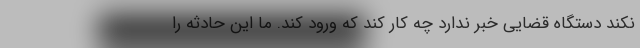
نکند دستگاه قضایی خبر ندارد چه کار کند که ورود کند. ما این حادثه را